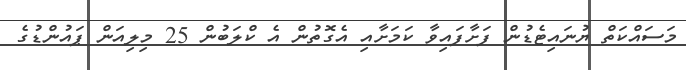
މަސައްކަތް ޔުނައިޓެޑުން ފަށާފައިވާ ކަމަށާއި އެގޮތުން އެ ކްލަބުން 25 މިލިއަން ޕައުންޑުގެ